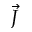
\vec { J }